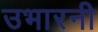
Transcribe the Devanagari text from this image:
उभारनी